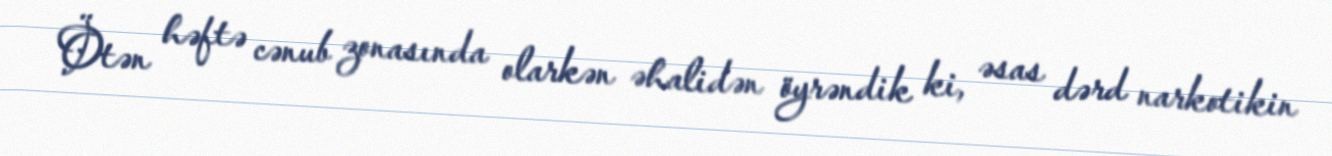
Ötən həftə cənub zonasında olarkən əhalidən öyrəndik ki, əsas dərd narkotikin